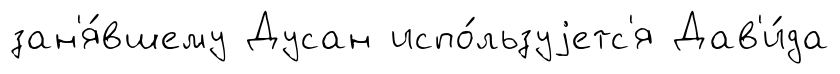
зан'я́вшему Дусан испо́льзуjетс'я Дав'и́да